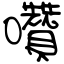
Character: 囋